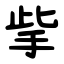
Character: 㧘